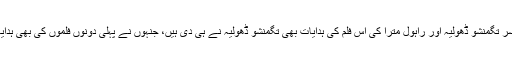
پروڈیوسر تگمنشو ڈھولیہ اور راہول مترا کی اس فلم کی ہدایات بھی تگمنشو ڈھولیہ نے ہی دی ہیں، جنہوں نے پہلی دونوں فلموں کی بھی ہدایات دیں۔